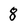
Character: 8